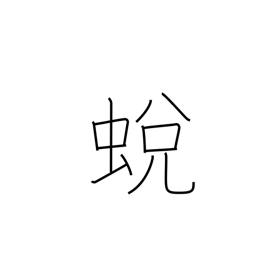
Meaning: insect moulting